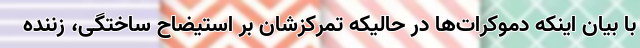
با بیان اینکه دموکرات‌ها در حالیکه تمرکزشان بر استیضاح ساختگی، زننده